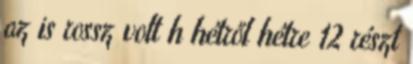
az is rossz volt h hétről hétre 12 részt